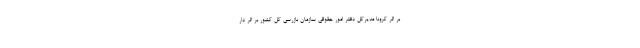
بر اثر کرونا مدیرکل دفتر امور حقوقی سازمان بازرسی کل کشور بر اثر دار